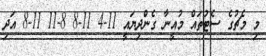
މި މެޗުގެ ސެޓުތައް މުއީނާ ގެންދިޔައީ 11-4 11-8 8-11 11-8 އަދި